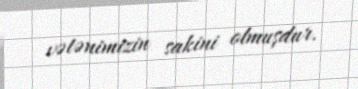
vətənimizin sakini olmuşdur.